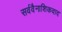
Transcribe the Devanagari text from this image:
सर्ववैनाशिकवाद